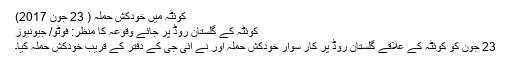
کوئٹہ میں خودکش حملہ ( 23 جون 2017)
کوئٹہ کے گلستان روڈ پر جائے وقوعہ کا منظر: فوٹو/ جیونیوز
23 جون کو کوئٹہ کے علاقے گلستان روڈ پر کار سوار خودکش حملہ آور نے آئی جی کے دفتر کے قریب خودکش حملہ کیا۔